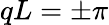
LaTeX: qL=\pm\pi